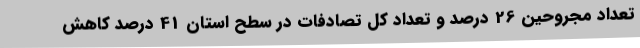
تعداد مجروحین 26 درصد و تعداد کل تصادفات در سطح استان 41 درصد کاهش